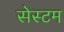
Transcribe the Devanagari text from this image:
सेस्टम